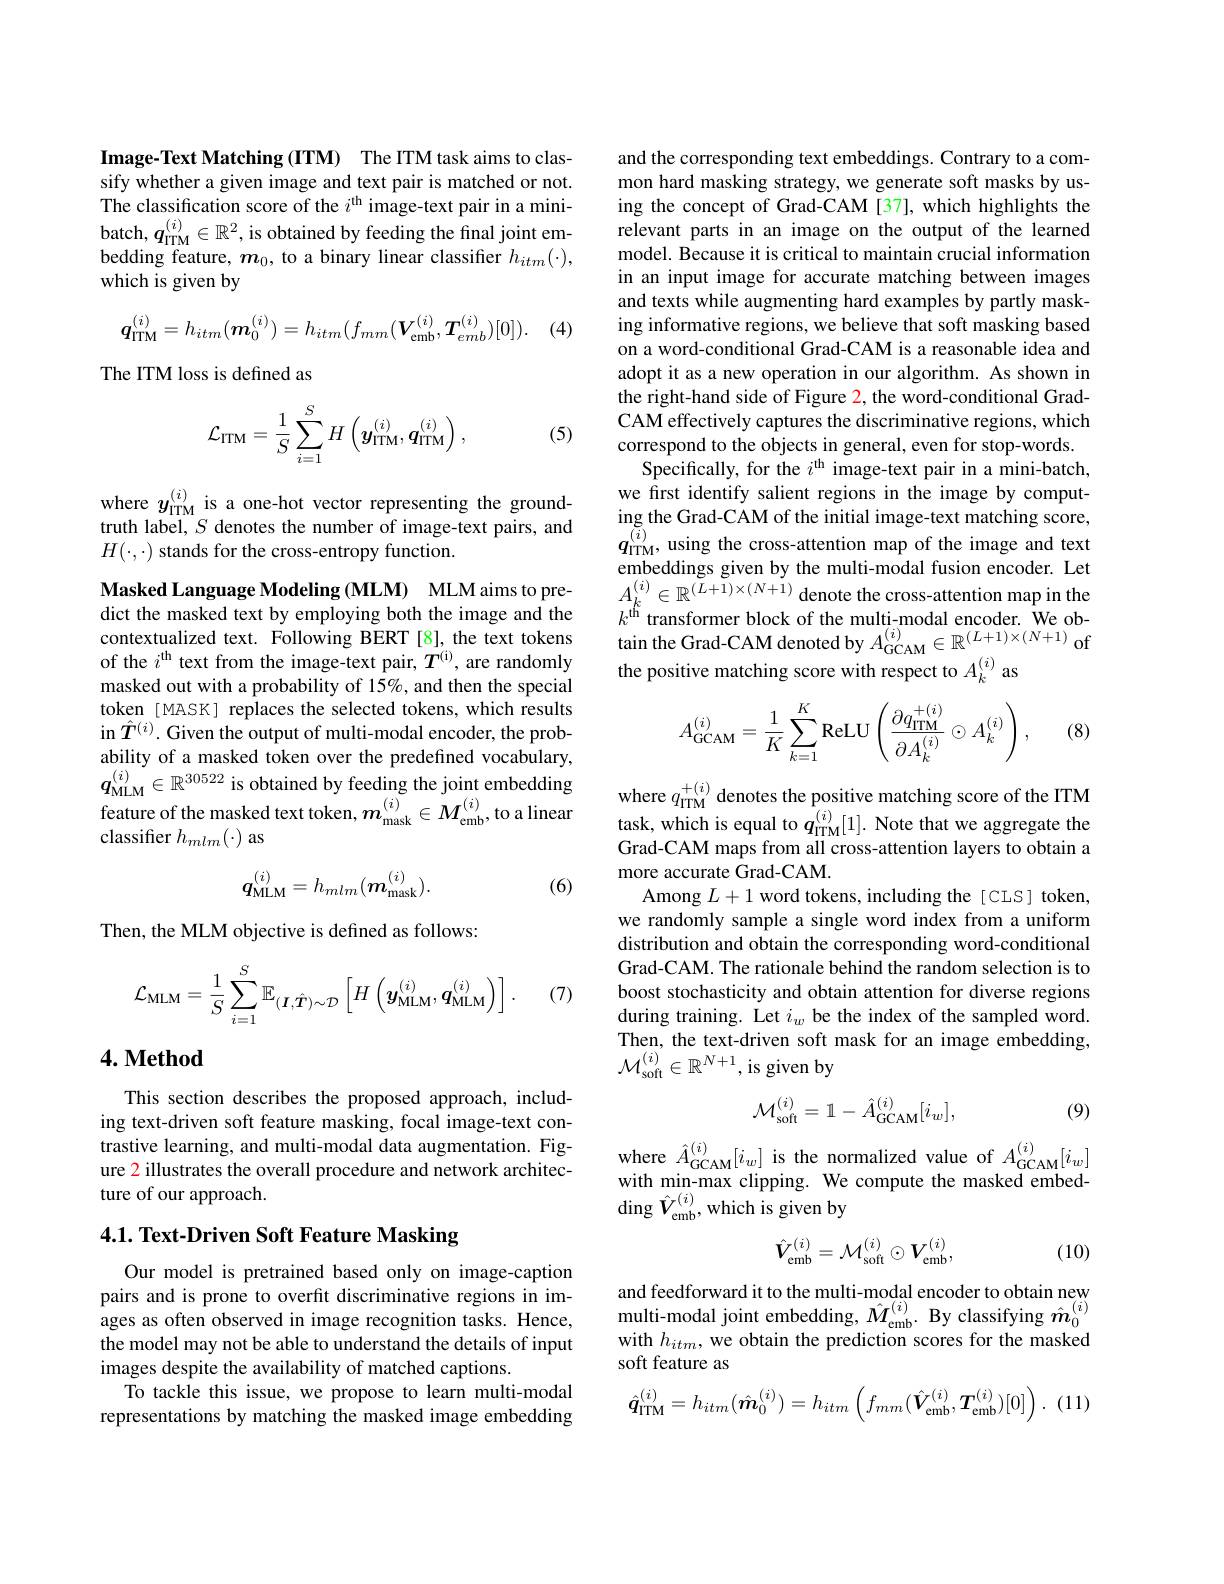
Image-Text Matching (ITM) The ITM task aims to classify whether a given image and text pair is matched or not. The classification score of the $i^\mathrm{th}$ image-text pair in a minibatch, $q_\mathrm{ITM}^{(i)}\in\mathbb{R}^2$, is obtained by feeding the final joint embedding feature, $m_0$, to a binary linear classifier $h_{itm}(\cdot)$, which is given by

. (4)
$$\boldsymbol{q}_{\mathrm{ITM}}^{(i)}=h_{itm}(\boldsymbol{m}_{0}^{(i)})=h_{itm}(f_{mm}(\boldsymbol{V}_{\mathrm{emb}}^{(i)},\boldsymbol{T}_{emb}^{(i)})[0]).$$
The ITM loss is defined as
$$\mathcal{L}_{\mathrm{ITM}}=\frac{1}{S}\sum_{i=1}^{S}H\left(y_{\mathrm{ITM}}^{(i)},q_{\mathrm{ITM}}^{(i)}\right),$$
(5)

where $y_\mathrm{ITM}^{(i)}$ is a one-hot vector representing the groundtruth label, $S$ denotes the number of image-text pairs, and $H(\cdot,\cdot)$ stands for the cross-entropy function.

Masked Language Modeling (MLM) MLM aims to predict the masked text by employing both the image and the contextualized text. Following BERT[8], the text tokens of the $i^\mathrm{th}$ text from the image-text pair, $T^\mathrm{(i)}$, are randomly masked out with a probability of 15%, and then the special token [MASK] replaces the selected tokens, which results in $\hat{T}^{(i)}.$ Given the output of multi-modal encoder, the probability of a masked token over the predefined vocabulary, $q_{\mathrm{MLM}}^{(i)}\in\mathbb{R}^{30522}$ is obtained by feeding the joint embedding feature of the masked text token, $m_\mathrm{mask}^{(i)}\in M_\mathrm{emb}^{(i)}$,to a linear classifier $h_{mlm}(\cdot)$ as
$$q_{\mathrm{MLM}}^{(i)}=h_{mlm}(\boldsymbol{m}_{\mathrm{mask}}^{(i)}).$$
(6)

Then, the MLM objective is defined as follows:
$$\mathcal{L}_{\mathrm{MLM}}=\frac{1}{S}\sum_{i=1}^{S}\mathbb{E}_{(\boldsymbol{I},\hat{\boldsymbol{T}})\sim\mathcal{D}}\left[H\left(\boldsymbol{y}_{\mathrm{MLM}}^{(i)},\boldsymbol{q}_{\mathrm{MLM}}^{(i)}\right)\right].$$
(7)

## $4. \textbf{Method}$

This section describes the proposed approach, including text-driven soft feature masking, focal image-text contrastive learning, and multi-modal data augmentation. Figure 2 illustrates the overall procedure and network architecture of our approach.

## 4.1. Text-Driven Soft Feature Masking

Our model is pretrained based only on image-caption pairs and is prone to overfit discriminative regions in images as often observed in image recognition tasks. Hence, the model may not be able to understand the details of input images despite the availability of matched captions.
To tackle this issue, we propose to learn multi-modal representations by matching the masked image embedding

and the corresponding text embeddings. Contrary to a common hard masking strategy, we generate soft masks by using the concept of Grad-CAM [37], which highlights the relevant parts in an image on the output of the learned model. Because it is critical to maintain crucial information in an input image for accurate matching between images and texts while augmenting hard examples by partly masking informative regions, we believe that soft masking based on a word-conditional Grad-CAM is a reasonable idea and adopt it as a new operation in our algorithm. As shown in the right-hand side of Figure 2, the word-conditional GradCAM effectively captures the discriminative regions, which correspond to the objects in general, even for stop-words.
Specifically, for the $i^\mathrm{th}$ image-text pair in a mini-batch, we first identify salient regions in the image by computing the Grad-CAM of the initial image-text matching score, $q_{\mathrm{ITM}}^{(i)}$, using the cross-attention map of the image and text embeddings given by the multi-modal fusion encoder. Let $A_{k}^{(i)}\in\mathbb{R}^{(L+1)\times(N+1)}$ denote the cross-attention map in the $k^{\mathrm{th}}$ transformer block of the multi-modal encoder. We obtain the Grad-CAM denoted by $A_{\mathrm{GCAM}}^{(i)}\in\mathbb{R}^{(L+1)\times(N+1)}$of the positive matching score with respect to $A_k^{(i)}$ as
$$A_{\mathrm{GCAM}}^{(i)}=\frac{1}{K}\sum_{k=1}^{K}\mathrm{ReLU}\left(\frac{\partial q_{\mathrm{ITM}}^{+(i)}}{\partial A_{k}^{(i)}}\odot A_{k}^{(i)}\right),$$
(8)

where $q_\mathrm{ITM}^{+(i)}$ denotes the positive matching score of the ITM task, which is equal to $q_{\mathrm{ITM}}^{(i)}[1].$ Note that we aggregate the Grad-CAM maps from all cross-attention layers to obtain a more accurate Grad-CAM.
Among $L+1$ word tokens, including the[CLS] token, we randomly sample a single word index from a uniform distribution and obtain the corresponding word-conditional Grad-CAM. The rationale behind the random selection is to boost stochasticity and obtain attention for diverse regions during training. Let $i_w$ be the index of the sampled word. Then, the text-driven soft mask for an image embedding, $\mathcal{M}_{\mathrm{soft}}^{(i)}\in\mathbb{R}^{N+1}$,is given by
$$\mathcal{M}_{\mathrm{soft}}^{(i)}=1-\hat{A}_{\mathrm{GCAM}}^{(i)}[i_{w}],$$
(9)

where $\hat{A}_{\mathrm{GCAM}}^{(i)}[i_{w}]$ is the normalized value of $A_{\mathrm{GCAM}}^{(i)}[i_{w}]$ with min-max clipping. We compute the masked embedding $\hat{V}_{\mathrm{emb}}^{(i)}$,which is given by
$$\hat{V}_\mathrm{emb}^{(i)}=\mathcal{M}_\mathrm{soft}^{(i)}\odot V_\mathrm{emb}^{(i)},$$
(10)

and feedforward it to the multi-modal encoder to obtain new multi-modal joint embedding, $\hat{M}_\mathrm{emb}^{(i)}.$ By classifying $\hat{m}_0^{(i)}$ with $h_{itm}$, we obtain the prediction scores for the masked soft feature as
$$\hat{\boldsymbol{q}}_{{\mathrm{ITM}}}^{(i)}=h_{itm}(\hat{\boldsymbol{m}}_{0}^{(i)})=h_{itm}\left(f_{mm}(\hat{\boldsymbol{V}}_{{\mathrm{emb}}}^{(i)},\boldsymbol{T}_{{\mathrm{emb}}}^{(i)})[0]\right).$$